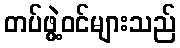
တပ်ဖွဲ့ဝင်များသည်